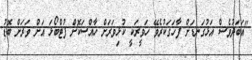
"އަބަދުވެސް އަޅުގަނޑަށް ފާހަގަކުރެވޭ ހަވީރަކީ ކުޅިވަރަށް ހާއްސަކޮށް ފުޓްބޯޅަ އަށް ވަރަށް ބޮޑު